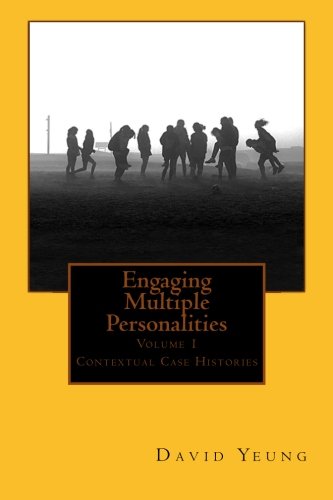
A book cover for Engaging Multiple Personalities (Volume 1); David Yeung; Health, Fitness & Dieting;